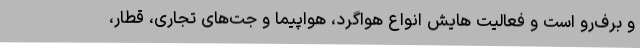
و برف‌رو است و فعالیت هایش انواع هواگرد، هواپیما و جت‌های تجاری، قطار،